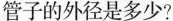
管子的外径是多少?